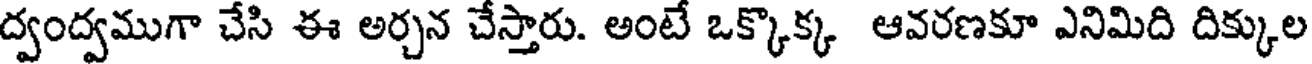
ద్వంద్వముగా చేసి ఈ అర్చన చేస్తారు. అంటే ఒక్కొక్క ఆవరణకూ ఎనిమిది దిక్కుల